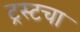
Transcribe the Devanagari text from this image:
ट्रस्टचा